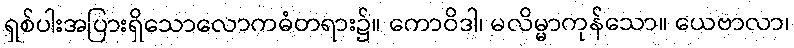
ရှစ်ပါးအပြားရှိသောလောကဓံတရား၌။ ကောဝိဒါ၊ မလိမ္မာကုန်သော။ ယေဗာလာ၊